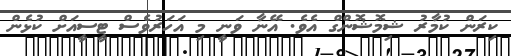
ކިރަން ކުމާރު ޝިމޮޝޮންގް އެވެ. އޭނާ ވަނީ މި އަހަރުވެސް ޓީސީއަށް ކުޅެން